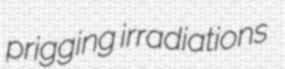
prigging irradiations